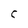
Character: C